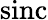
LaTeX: \mathrm{sinc}